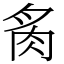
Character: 䏑